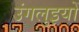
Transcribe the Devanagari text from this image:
उंगलुइयों